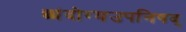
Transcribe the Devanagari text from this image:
छांदोग्यउपनिषद्